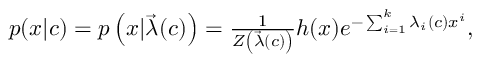
\begin{array} { r } { p ( x | c ) = p \left( x | \vec { \lambda } ( c ) \right) = \frac { 1 } { Z \left( \vec { \lambda } ( c ) \right) } h ( x ) e ^ { - \sum _ { i = 1 } ^ { k } \lambda _ { i } ( c ) x ^ { i } } , } \end{array}